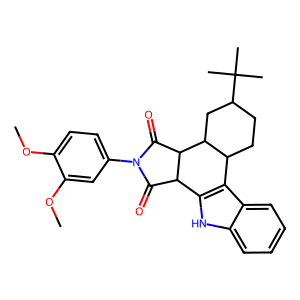
SMILES: COc1ccc(N2C(=O)C3c4[nH]c5ccccc5c4C4CCC(C(C)(C)C)CC4C3C2=O)cc1OC
Inhibits HIV replication: No